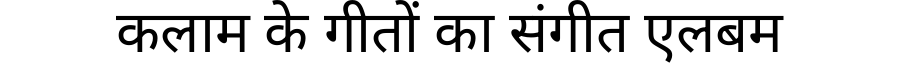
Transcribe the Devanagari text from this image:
कलाम के गीतों का संगीत एलबम